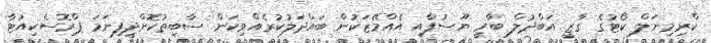
ކްރިމިނަލް ކޯޓުގެ ގާޒީ އަބްދުލް ބާރީ ޔޫސުފާއި އެއްމޭޒަކުން ބައްދަލުކުރެއްވިކަން ސާބިތުކޮށްދީފިނަމަ ޕްރޮސެކިއުޓާ